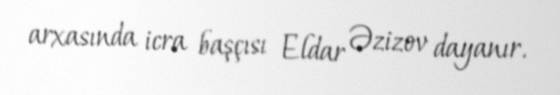
arxasında icra başçısı Eldar Əzizov dayanır.